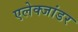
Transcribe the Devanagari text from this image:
एलेक्जांडर